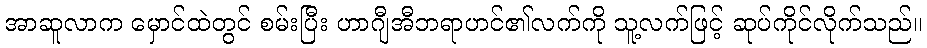
အာဆူလာက မှောင်ထဲတွင် စမ်းပြီး ဟာဂျီအီဘရာဟင်၏လက်ကို သူ့လက်ဖြင့် ဆုပ်ကိုင်လိုက်သည်။